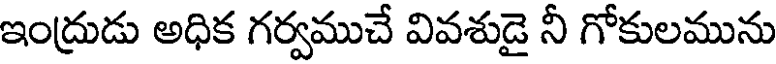
ఇంద్రుడు అధిక గర్వముచే వివశుడై నీ గోకులమును